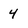
Character: 4